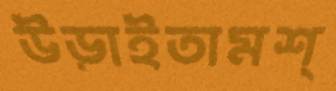
উড়াইতামশ্